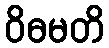
ဝိဓမတိ